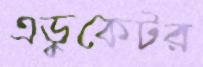
এডুকেটর